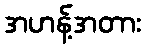
အဟန့်အတား